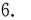
6.